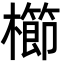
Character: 櫛